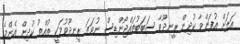
އަލަށް އުފަންވާ ކުދިން ރީނދޫވާ ސަބަބުތައްޖޯންޑިސް ނުވަތަ ރީނދޫވުމަކީީ ތުއްތު ކުދިން އެންމެ